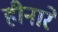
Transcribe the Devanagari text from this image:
हीनारे